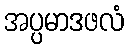
အပ္ပမာဒဖလံ